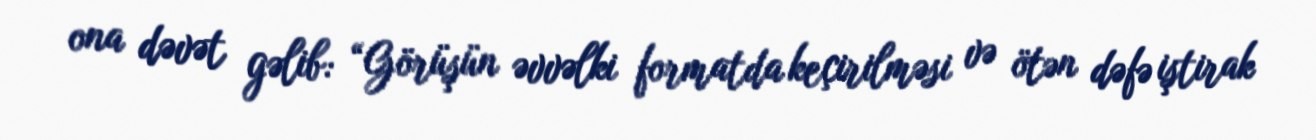
ona dəvət gəlib: “Görüşün əvvəlki formatda keçirilməsi və ötən dəfə iştirak